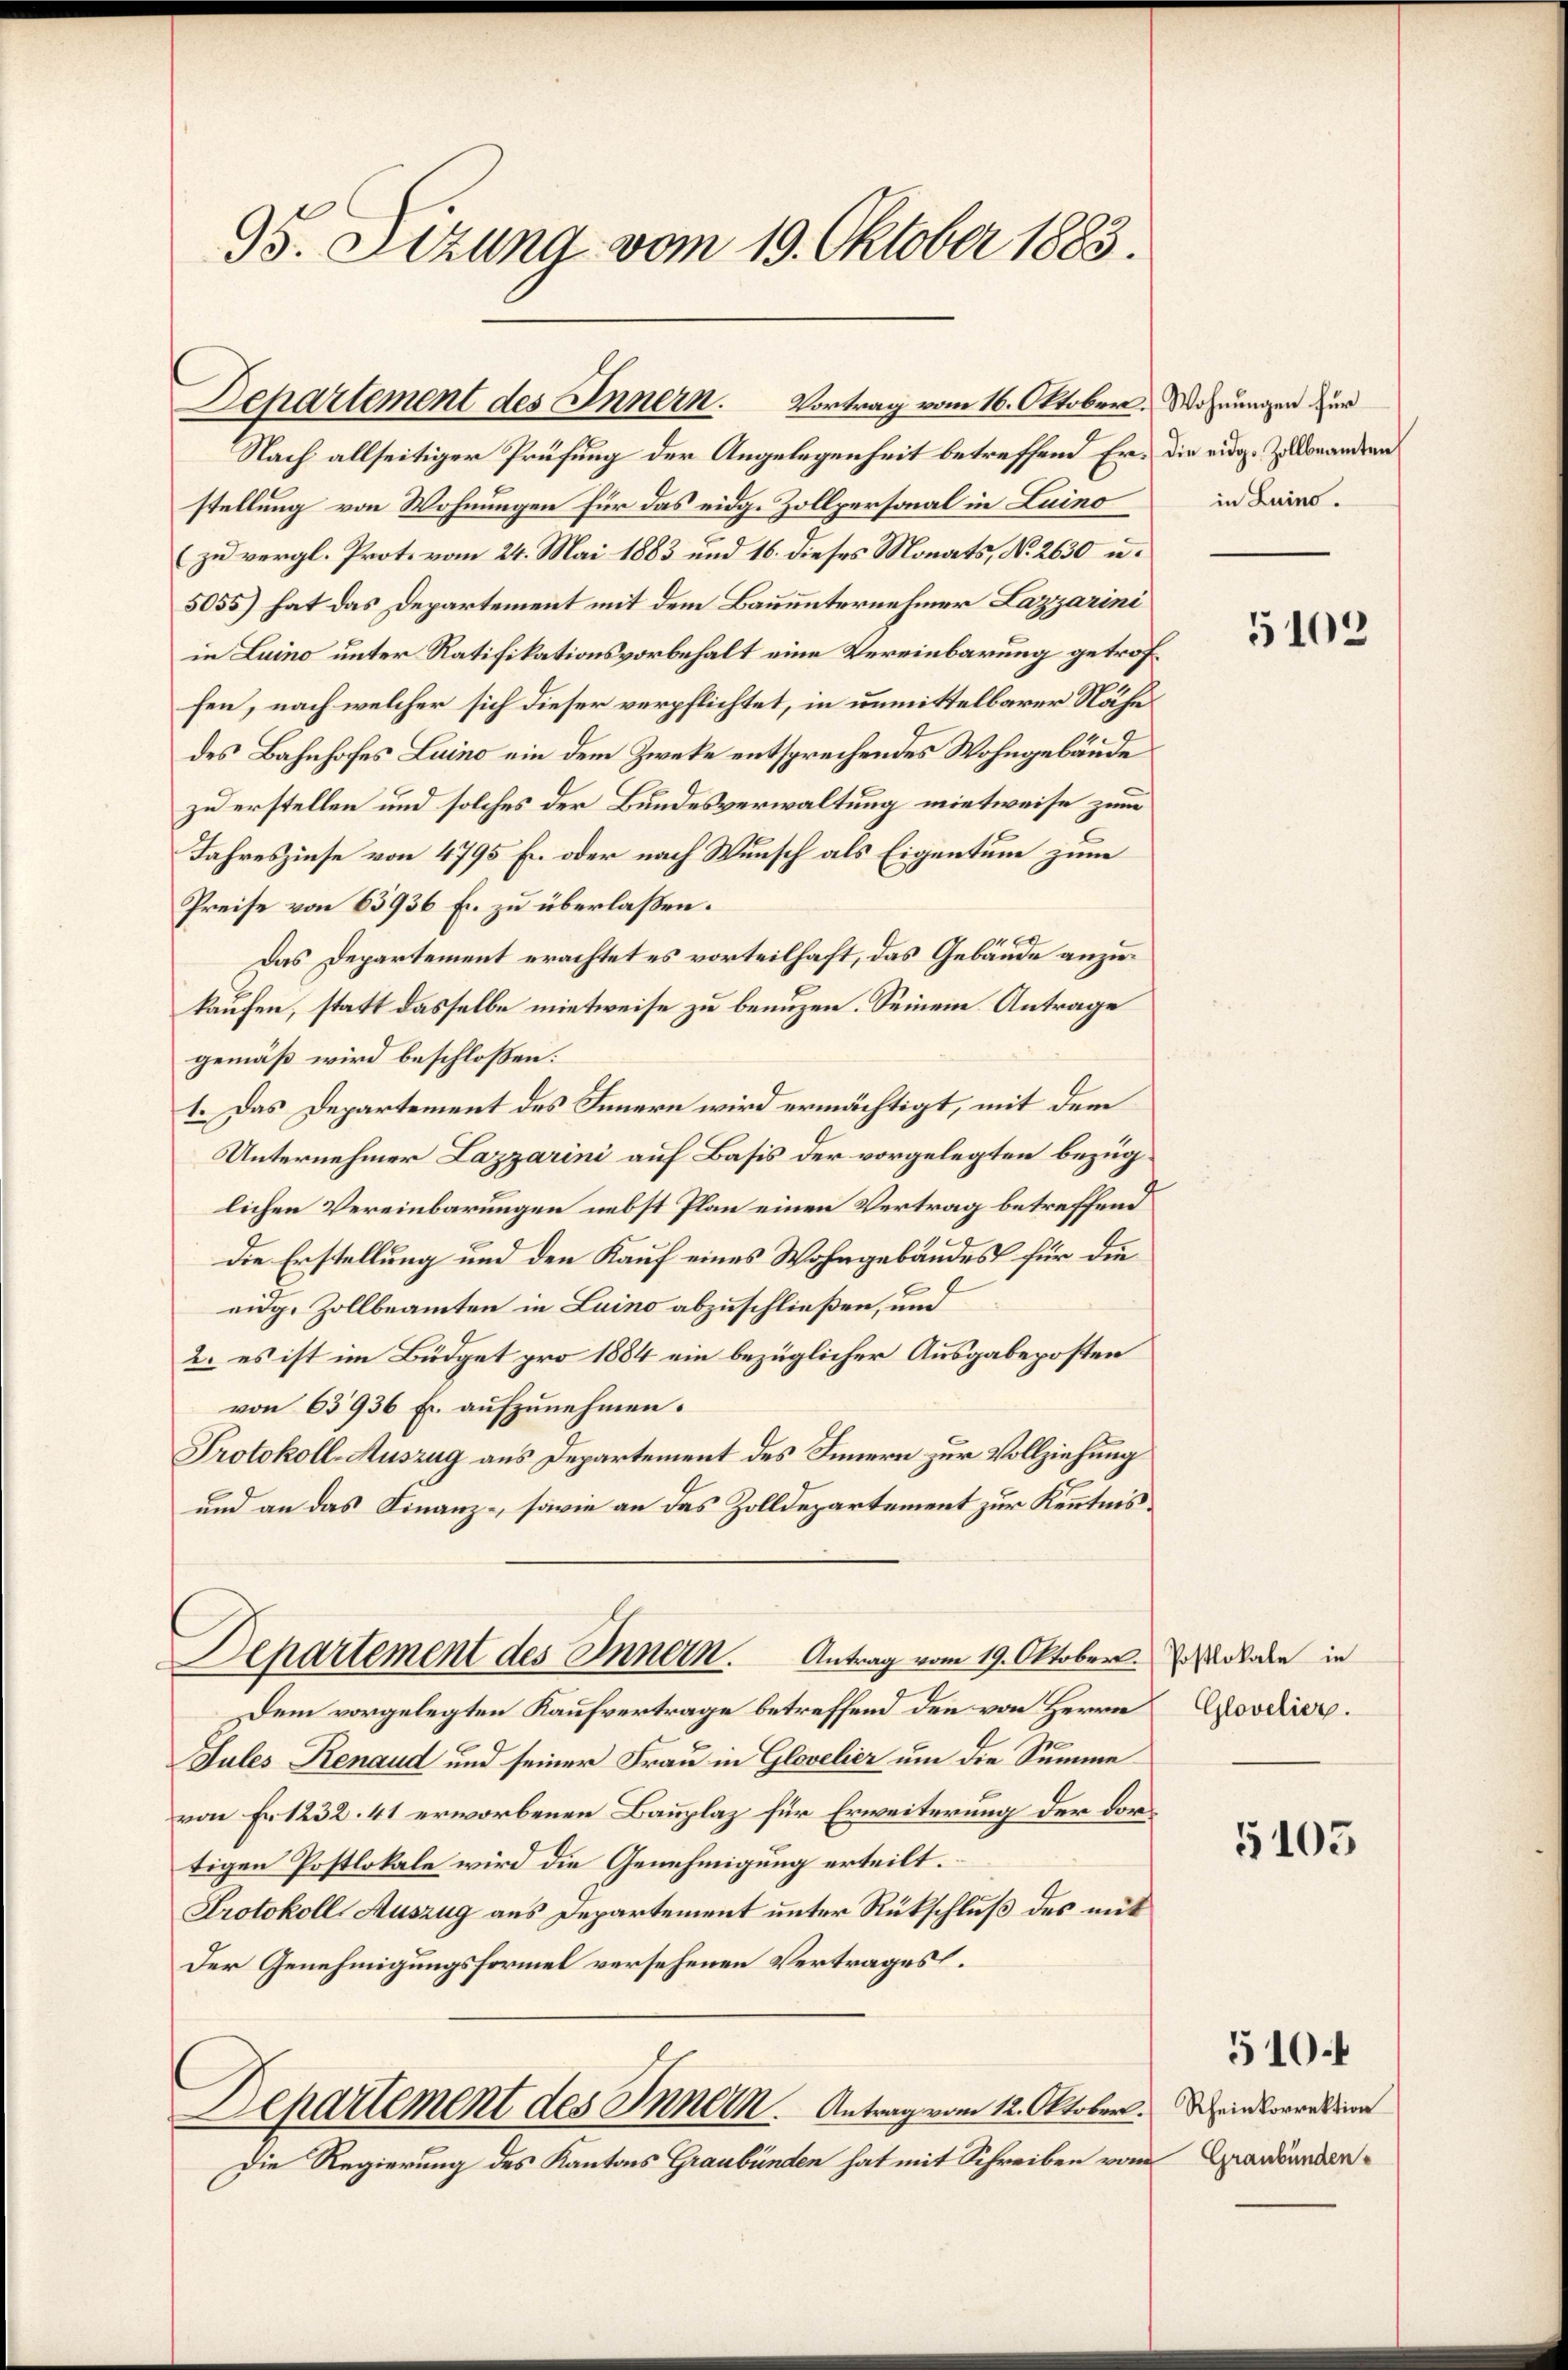
95. Sizung vom 19. Oktober 1883.

Nach allseitiger Prüfung der Angelegenheit betreffend Er die eidg. Zu donandern
stellung von Wohnungen für das eidg. Zollpersonal in Luino
(zu vergl. Prot. vom 24. Mai 1883 und 16. dieses Monats, No 2630 u.
5055) hat das Departement mit dem Bauunternehmer Lazzarini
in Luino unter Ratifikationsvorbehalt eine Vereinbarung getroffen, nach welcher sich dieser verpflichtet, in unmittelbarer Nähe
des Bahnhofes Luino ein dem Zwecke entsprechendes Wohngebäude
zu erstellen und solches der Bundesverwaltung mietweise zum
Jahreszinse von 4795 Fr. oder nach Wunsch als Eigentum zum
Preise von 63936 Fr. zu überlaßen.
.
Das Departement erachtet es vorteilhaft, das Gebäude anzukaufen, statt dasselbe mietweise zu benuzen. Seinem Antrage
gemäß wird beschloßen:
1. Das Departement des Innern wird ermächtigt, mit dem
Unternehmer Lazzarini auf Basis der vorgelegten bezüglichen Vereinbarungen nebst Plan einen Vertrag betreffend
.
Die Erstellung und den Kauf eines Wohngebäudes für die
eidg. Zollbeamten in Luino abzuschließen, und
2. es ist im Büdget pro 1884 ein bezüglicher Ausgabeposten
von 63936 Fr. aufzunehmen.
Protokoll-Auszug aus Departement des Innern zur Vollziehung
und an das Finanz-, sowie an das Zolldepartement zur Kenntnis.
Departement des Innern. Antrag vom 19. Oktober.
Dem vorgelegten Kaufvertrage betreffend den von Herrn
Jules Renaud und seiner Frau in Glovelier um die Summe
von Fr. 1232. 41 erworbenen Bauplaz für Erweiterung der dortigen Postlokale wird die Genehmigung erteilt.
Protokoll Auszug aus Departement unter Rückschluß des mit
Der Genehmigungsformel versehenen Vertrages.
Departement des Innern. Antrag vom 12. Oktober. Weinkorrektion
Die Regierung des Kantons Graubünden hat mit Schreiben vom Graubünden¬

Departement des Innern Vortrag vom 16. Oktober.

Wohnungen für
in Luino.

5102

Postlokale in
Glovelier.

5105

510.